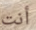
أنت